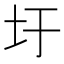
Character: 圩